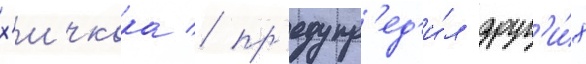
х'ичкока / пр'едупр'ед'и́л друг'и́х